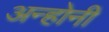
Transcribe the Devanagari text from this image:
अन्होनी